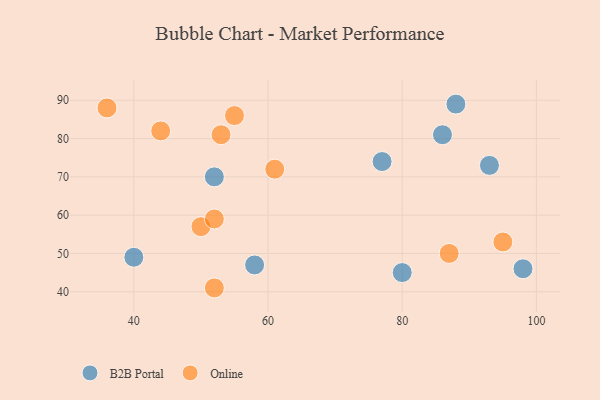
{"axis": {"x": "GDP", "y": "Life Expectancy"}, "legend": ["B2B Portal", "Online"], "data": [{"x": "58", "y": 47, "type": "B2B Portal"}, {"x": "88", "y": 89, "type": "B2B Portal"}, {"x": "52", "y": 70, "type": "B2B Portal"}, {"x": "40", "y": 49, "type": "B2B Portal"}, {"x": "93", "y": 73, "type": "B2B Portal"}, {"x": "80", "y": 45, "type": "B2B Portal"}, {"x": "86", "y": 81, "type": "B2B Portal"}, {"x": "77", "y": 74, "type": "B2B Portal"}, {"x": "98", "y": 46, "type": "B2B Portal"}, {"x": "50", "y": 57, "type": "Online"}, {"x": "44", "y": 82, "type": "Online"}, {"x": "53", "y": 81, "type": "Online"}, {"x": "55", "y": 86, "type": "Online"}, {"x": "61", "y": 72, "type": "Online"}, {"x": "36", "y": 88, "type": "Online"}, {"x": "87", "y": 50, "type": "Online"}, {"x": "52", "y": 41, "type": "Online"}, {"x": "52", "y": 59, "type": "Online"}, {"x": "95", "y": 53, "type": "Online"}]}